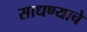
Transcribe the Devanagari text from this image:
साधण्‍याचे